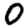
Digit: 0